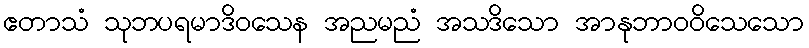
ဧတာသံ သုဘပရမာဒိဝသေန အညမညံ အသဒိသော အာနုဘာဝဝိသေသော